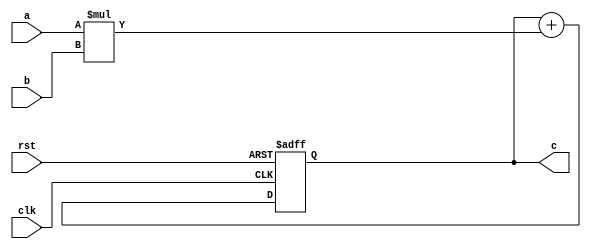
module verified_pe(
    input clk,
    input rst,
    input [31:0] a,
    input [31:0] b,

    output [31:0] c
);

reg [31:0] c;

always@(posedge clk or posedge rst)
begin

  if(rst)
  begin
    c <= 0;
  end

  else
  begin
    c <= c + a*b;
  end

end

endmodule